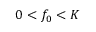
0 < f _ { 0 } < K